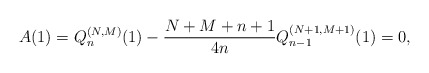
\begin{gather*} A(1)=Q_{n}^{(N,M) }(1) -\frac{N+M+n+1}{4n} Q_{n-1}^{(N+1,M+1) }(1) =0,\end{gather*}